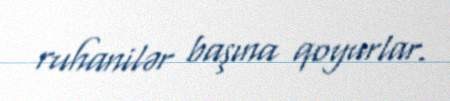
ruhanilər başına qoyurlar.